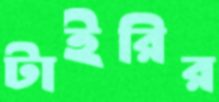
টাইরির